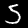
Digit: 5